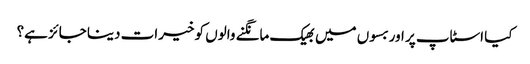
کیا اسٹاپ پر اور بسوں میں بھیک مانگنے والوں کو خیرات دینا جائز ہے؟